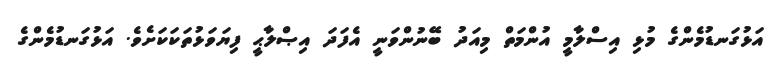
އަޅުގަނޑުމެންގެ މުޅި އިސްލާމީ އުންމަތް މިއަދު ބޭނުންވަނީ އެފަދަ އިޞްލާޙީ ފިޔަވަޅުތަކަކަށެވެ. އަޅުގަނޑުމެންގެ